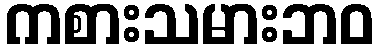
ကစားသမားဘဝ